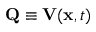
{ \bf Q } \equiv { \bf V } ( { \bf x } , t )